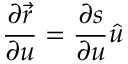
{ \frac { \partial { \boldsymbol { \vec { r } } } } { \partial u } } = { \frac { \partial { s } } { \partial u } } { \boldsymbol { \hat { u } } }